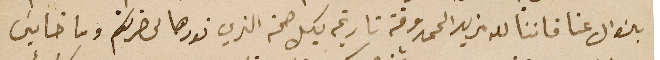
بالسَوال عنا فاننا لله مزيد الحمد وقة تاريخه بكل صحة الذي نودها لحضرتكم وما خايسَ